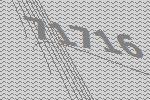
71716